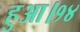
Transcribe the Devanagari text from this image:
हुआ।१४